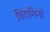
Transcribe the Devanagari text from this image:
विंटामिनों